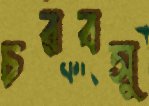
চরবসু